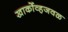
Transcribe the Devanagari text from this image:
खार्कोव्हजवळ